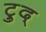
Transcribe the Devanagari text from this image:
ट्रुद्